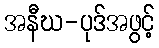
အနီဃ-ပုဒ်အဖွင့်